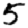
Digit: 5